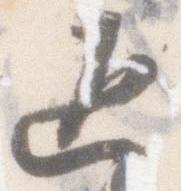
返